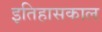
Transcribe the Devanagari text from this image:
इतिहासकाल